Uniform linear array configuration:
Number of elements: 8
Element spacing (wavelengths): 0.5
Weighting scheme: blackman
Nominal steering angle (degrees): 30
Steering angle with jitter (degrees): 30.648
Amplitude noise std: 0.05
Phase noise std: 0.05

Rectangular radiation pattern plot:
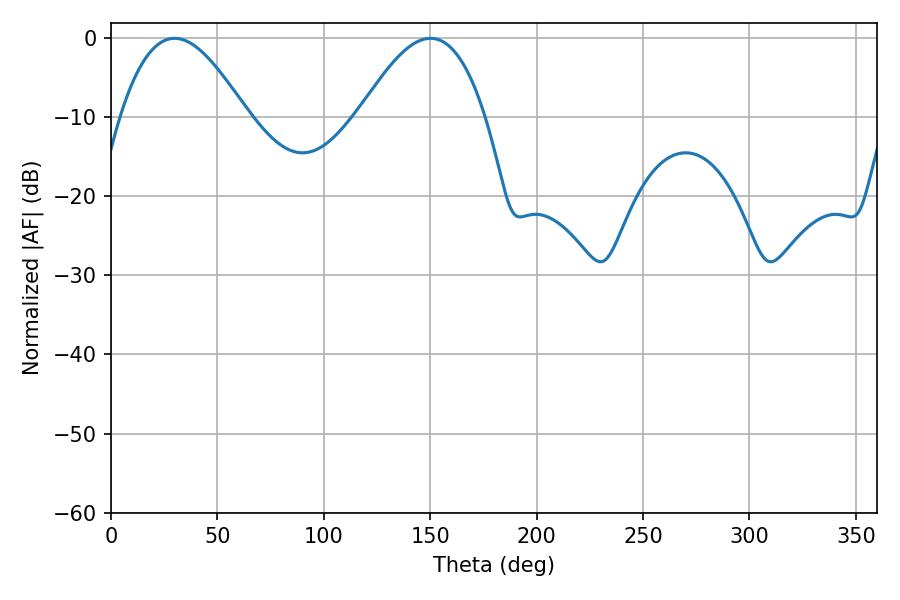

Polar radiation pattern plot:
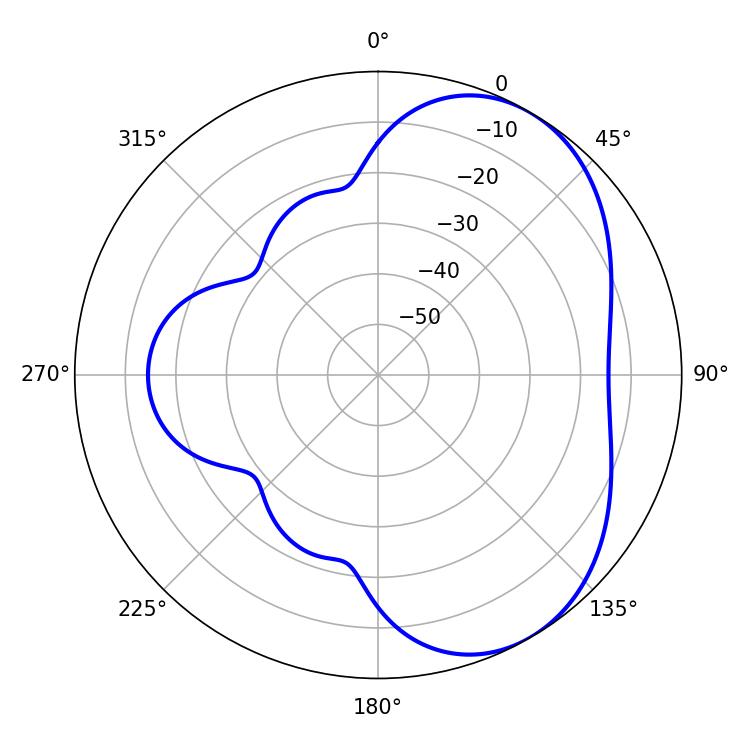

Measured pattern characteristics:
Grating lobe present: FALSE
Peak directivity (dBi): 4.927
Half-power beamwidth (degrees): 32.22
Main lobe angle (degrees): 29.88